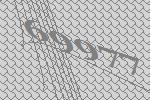
69977